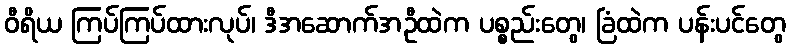
ဝီရိယ ကြပ်ကြပ်ထားလုပ်၊ ဒီအဆောက်အဦထဲက ပစ္စည်းတွေ၊ ခြံထဲက ပန်းပင်တွေ